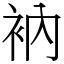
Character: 衲